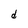
Character: d